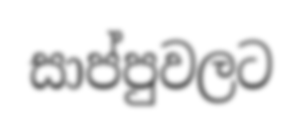
සාප්පුවලට